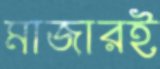
মাজারই